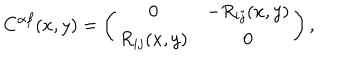
C ^ { \alpha \beta } ( x , y ) = \left( \begin{array} { c c } { { 0 } } & { { - R _ { i j } ( x , y ) } } \\ { { R _ { i j } ( x , y ) } } & { { 0 } } \\ \end{array} \right) ,